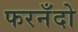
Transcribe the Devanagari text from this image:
फरनँदो